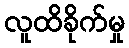
လူထိခိုက်မှု